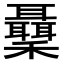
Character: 𥤋